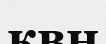
квн